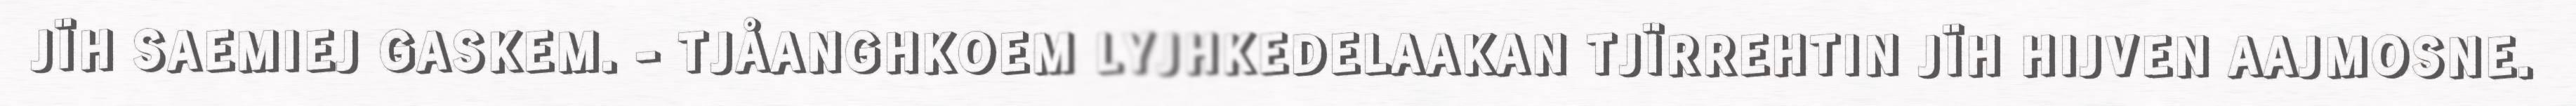
JÏH SAEMIEJ GASKEM. - TJÅANGHKOEM LYJHKEDELAAKAN TJÏRREHTIN JÏH HIJVEN AAJMOSNE.